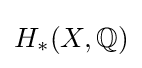
H_{*}(X,\mathbb {Q} )